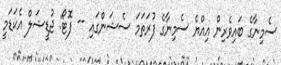
ސެމިނާގެ ބައިވެރިން އިއްޔެ ސެމިނާގެ ފުރަތަމަ ސެޝަންގައި -- ފޮޓޯ: ޖުޑީޝަލް އެކަޑަމީ